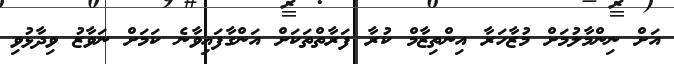
އަށް ނިންމާލުމަށް މުޒާހަރާ އިންތިޒާމް ކުރާ ފަރާތްތަކަށް އަންގާފައިވާނެ ކަމަށް ނަވާޒު ވިދާޅުވި